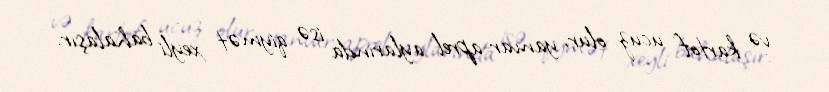
və kartof ucuz olur, yanvar-aprel aylarında isə qiymət xeyli bahalaşır.